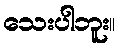
သေးပါဘူး။